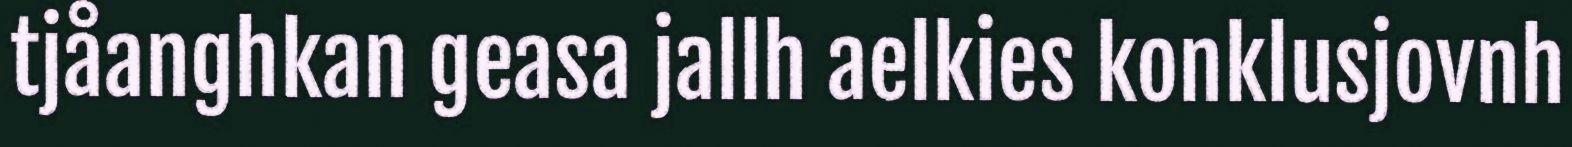
tjåanghkan geasa jallh aelkies konklusjovnh